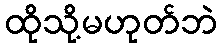
ထိုသို့မဟုတ်ဘဲ